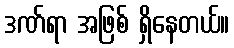
ဒဏ်ရာ အဖြစ် ရှိနေတယ်။